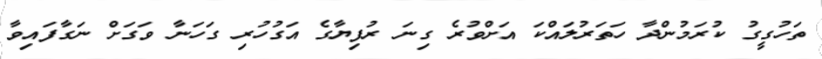
ތަހުގީގު ކުރަމުންދާ ހަތަރުލައްކަ އަށްވުރެ ގިނަ ރުފިޔާގެ އަގުހުރި ގަހަނާ ވަގަށް ނަގާފައިވާ